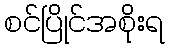
စင်ပြိုင်အစိုးရ